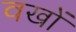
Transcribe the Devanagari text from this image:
वखों